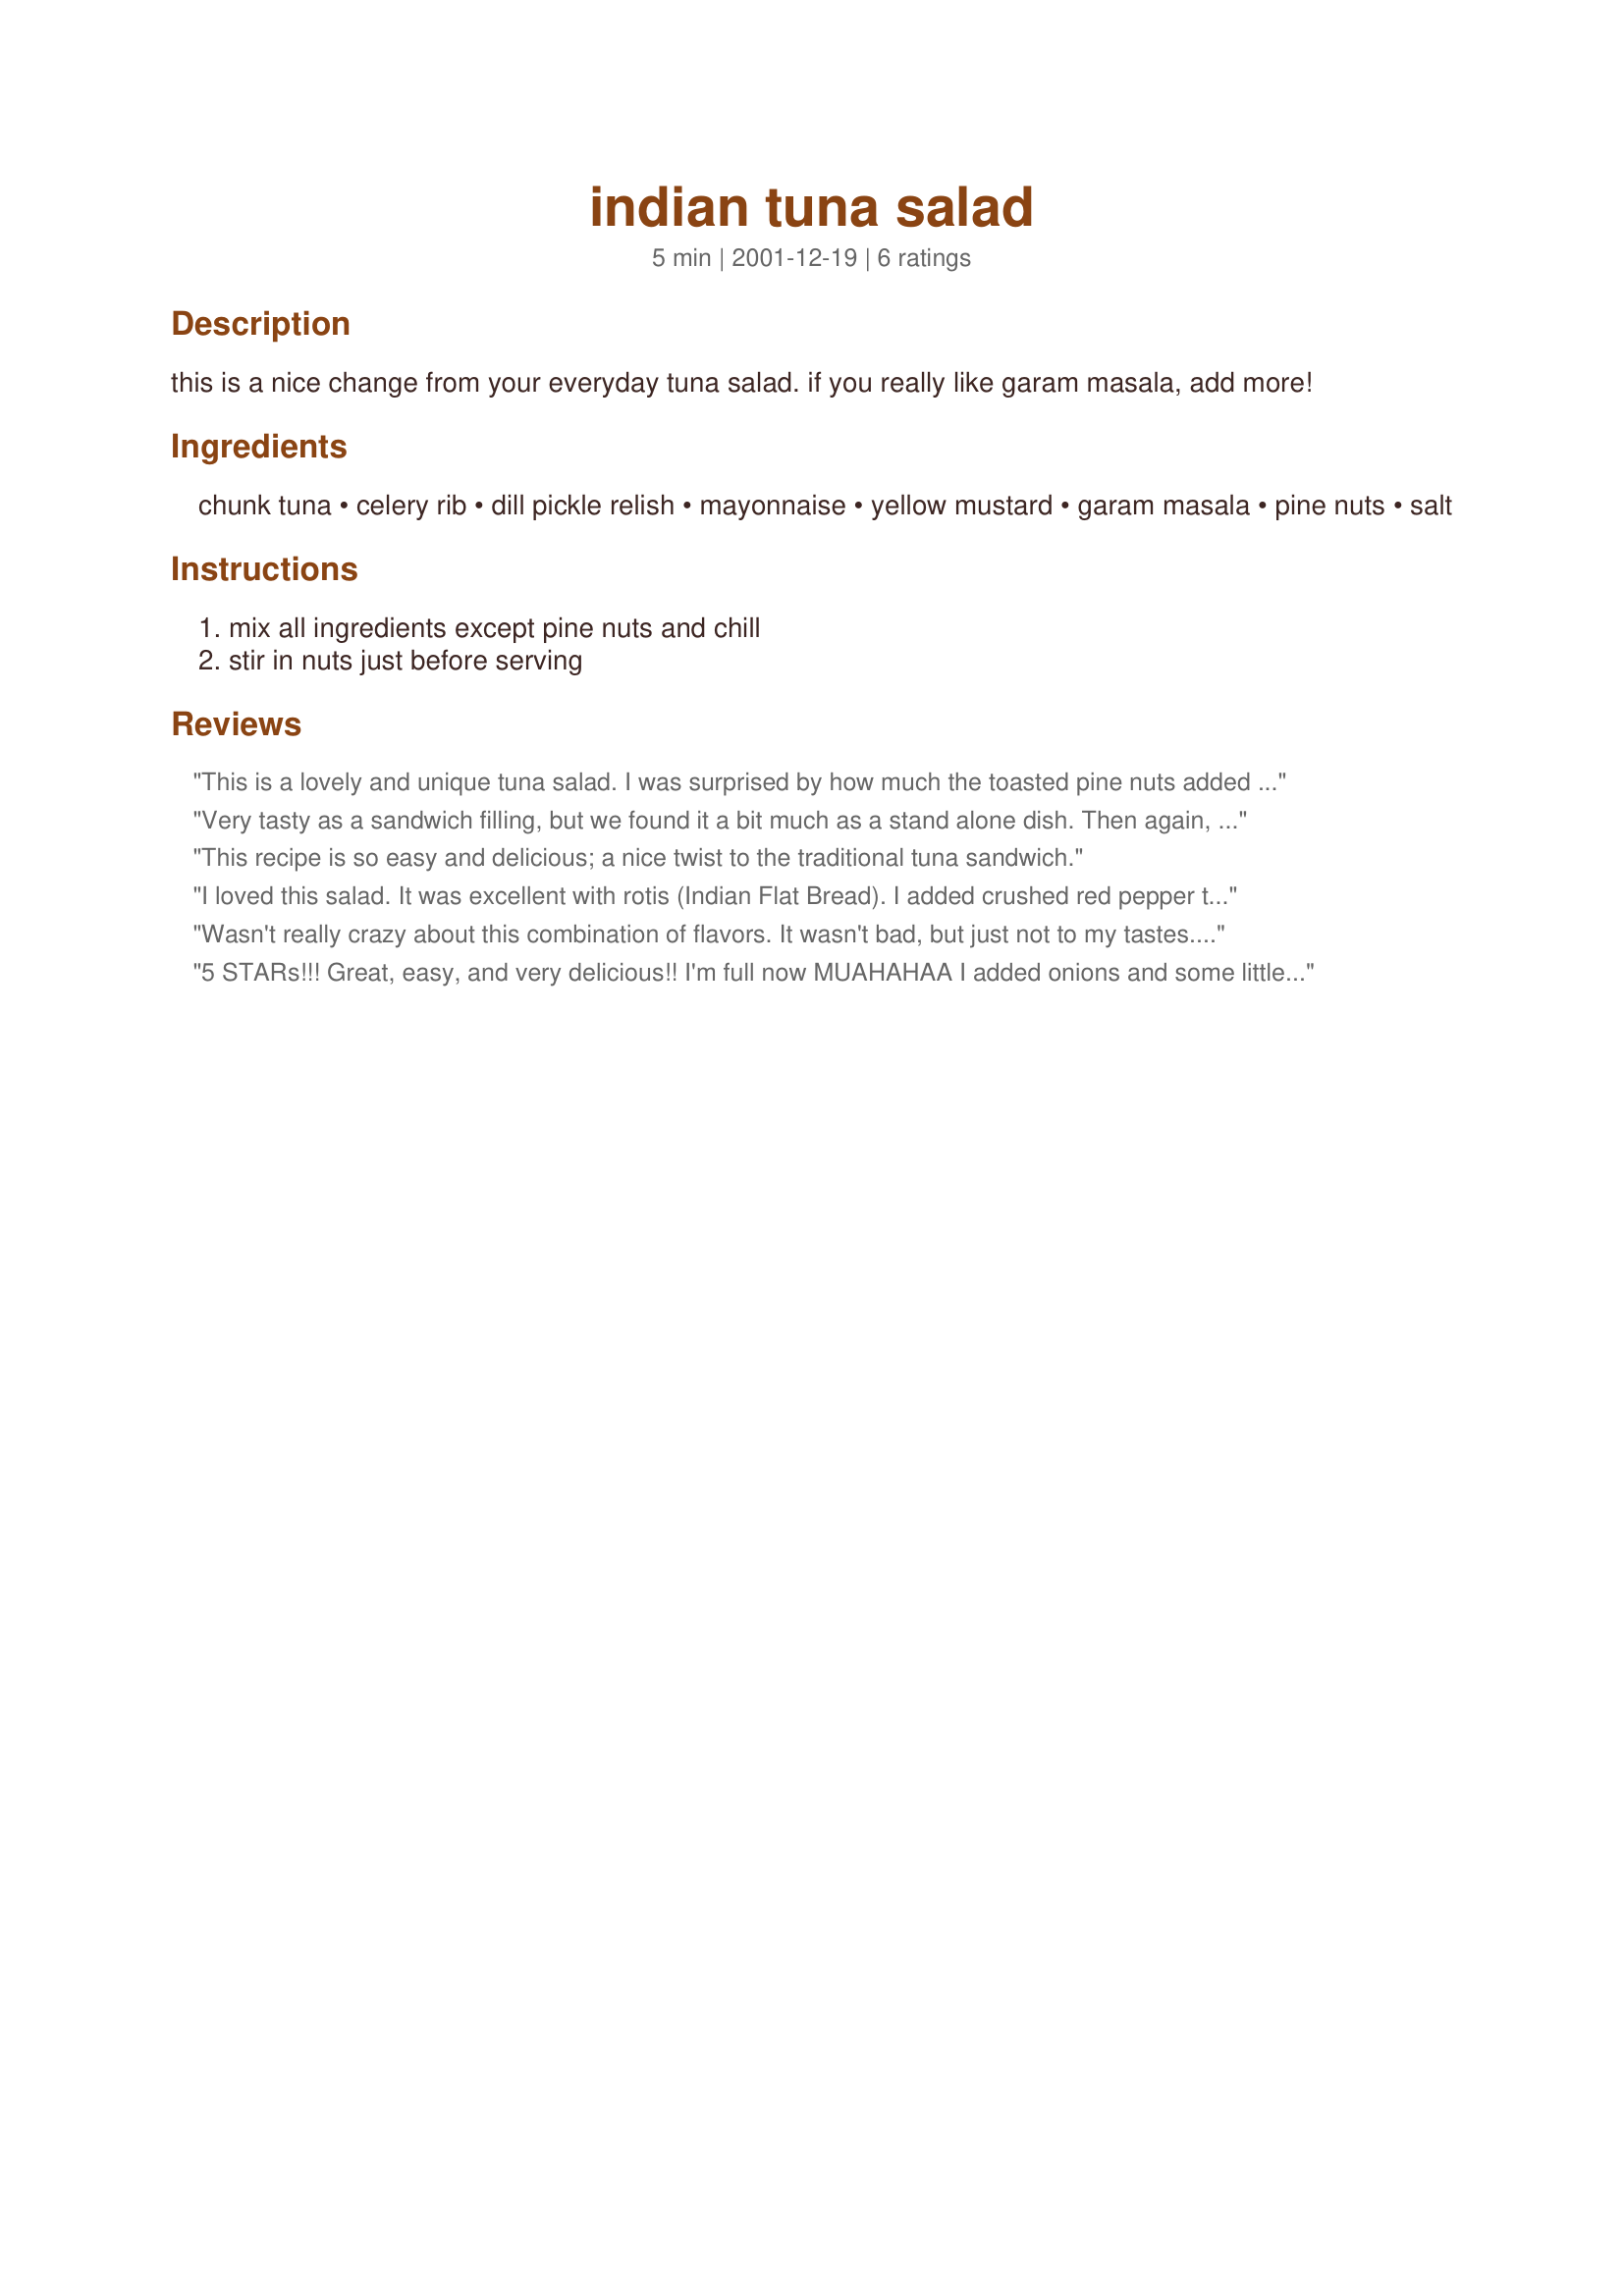
indian tuna salad
Preparation time: 5 minutes

this is a nice change from your everyday tuna salad. if you really like garam masala, add more!

Ingredients:
chunk tuna, celery rib, dill pickle relish, mayonnaise, yellow mustard, garam masala, pine nuts, salt

Steps:
mix all ingredients except pine nuts and chill, stir in nuts just before serving

Reviews:
This is a lovely and unique tuna salad. I was surprised by how much the toasted pine nuts added to the flavor -- definitely don't leave those out. :) Has a nice balance of flavors -- not too strong with mayo which is important to me. The garam masala adds a lovely aroma and flavor -- next time I may try using curry powder instead. Thanks!
Very tasty as a sandwich filling, but we found it a bit much as a stand alone dish. Then again, I did use an extra 1/2 tsp of garam masala. I also used sweet mustard pickle spread in place of the dill pickle relish as I don't think I've seen that here. I'll look out for it and if I find it will try again cutting back the garam masala to 1 tsp, and I'll post a rating. I used a 425 gram can of chunk tuna, extra pine nuts and everything else as listed. Thanks for posting.
This recipe is so easy and delicious; a nice twist to the traditional tuna sandwich.
I loved this salad. It was excellent with rotis (Indian Flat Bread). I added crushed red pepper to it.
Wasn't really crazy about this combination of flavors. It wasn't bad, but just not to my tastes. Made for Zaar Chef Alphabet Soup Game.
5 STARs!!! Great, easy, and very delicious!! I'm full now MUAHAHAA
I added onions and some little extras, I loved it!
